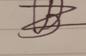
Signature authenticity: forged